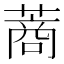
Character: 蔏